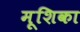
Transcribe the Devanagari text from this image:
मूशिका